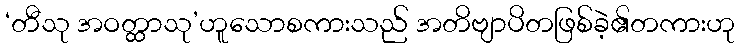
‘တီသု အဝတ္ထာသု’ဟူသောစကားသည် အတိဗျာပိတဖြစ်ခဲ့၏တကားဟု